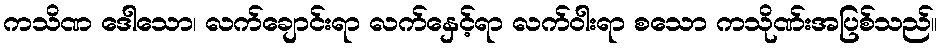
ကသိဏ ဒေါသော၊ လက်ချောင်းရာ လက်နှေင့်ရာ လက်ဝါးရာ စသော ကသိုဏ်းအပြစ်သည်။